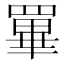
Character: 罼